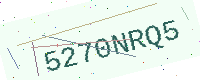
Text: 5270NRQ5